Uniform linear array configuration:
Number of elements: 32
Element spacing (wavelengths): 0.25
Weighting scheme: blackman
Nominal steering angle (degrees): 0
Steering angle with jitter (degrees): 1.791
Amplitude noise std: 0.05
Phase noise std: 0.05

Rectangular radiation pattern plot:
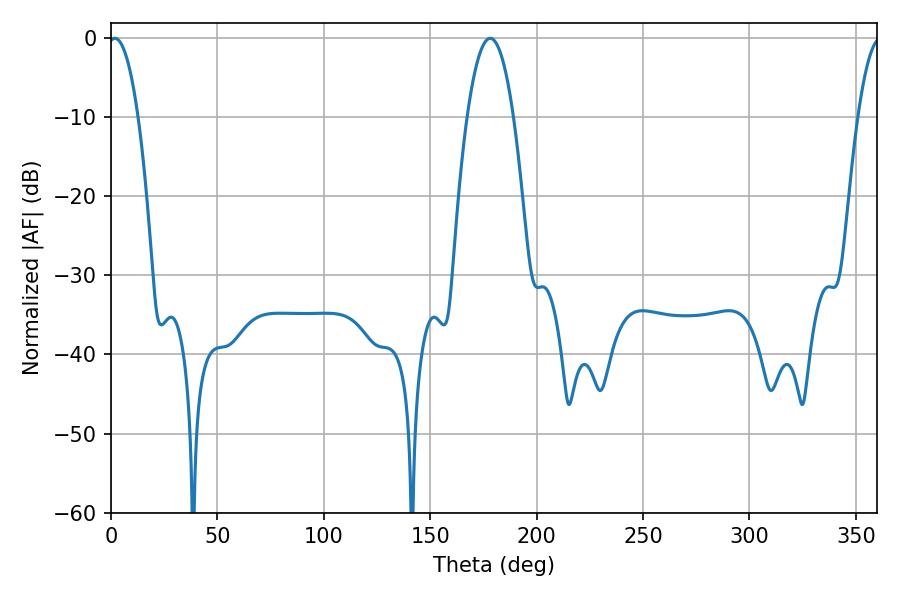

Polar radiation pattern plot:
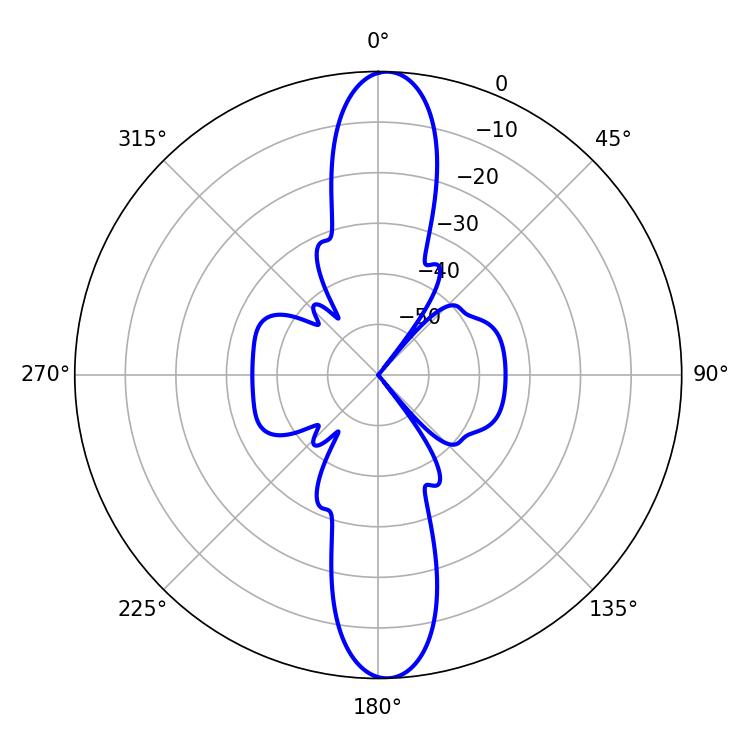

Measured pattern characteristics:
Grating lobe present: FALSE
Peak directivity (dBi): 21.548
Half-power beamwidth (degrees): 7.74
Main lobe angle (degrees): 1.8